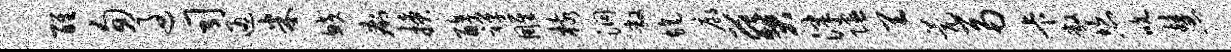
醒匆过司通米鲛痢换醇禅雕核洞敞旄廊葵津隰天甍鬲卡敞恣吮慧